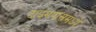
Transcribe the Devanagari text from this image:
टाइमपासमध्ये